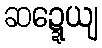
ဆဍ္ဍေယျ